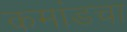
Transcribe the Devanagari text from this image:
कमांडचा